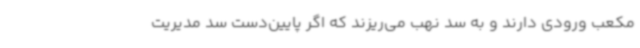
مکعب ورودی دارند و به سد نهب می‌ریزند که اگر پایین‌دست سد مدیریت